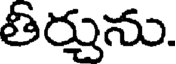
తీర్చును.